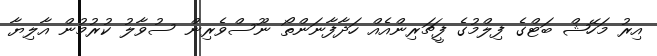
އިރު މަހޭޝް ބަޓްގެ ފިލްމުގެ ފީޗަރިންއެއް ހަދާފާނަންތޯ ނޫސްވެރިން ސުވާލު ކުރުމުން އާލިޔާ